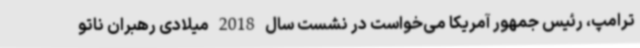
ترامپ، رئیس جمهور آمریکا می‌خواست در نشست سال 2018 میلادی رهبران ناتو